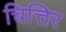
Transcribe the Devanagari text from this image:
चित्तिर